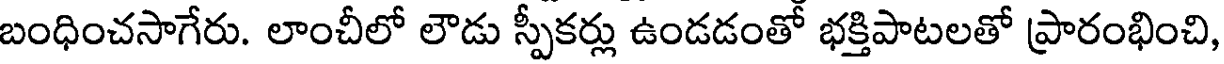
బంధించసాగేరు. లాంచీలో లౌడు స్పీకర్లు ఉండడంతో భక్తిపాటలతో ప్రారంభించి,